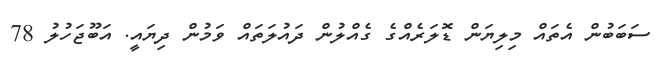
ސަބަބުން އެތައް މިލިޔަން ޑޮލަރެއްގެ ގެއްލުން ދައުލަތައް ވަމުން ދިޔައީ. އަބޫޖަހުލު 78